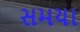
સમયા